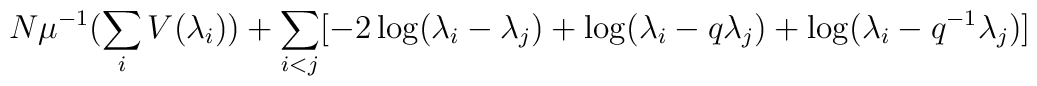
N\mu^{-1} (\sum_i V(\lambda_i)) +\sum_{i<j}[-2\log(\lambda_i-\lambda_j)+\log(\lambda_i-q\lambda_j)+\log(\lambda_i-q^{-1}\lambda_j)]